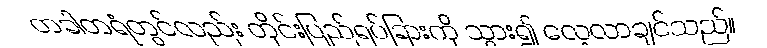
တခါတရံတွင်လည်း တိုင်းပြည်ရပ်ခြားကို သွား၍ လေ့လာချင်သည်။